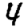
Digit: 4